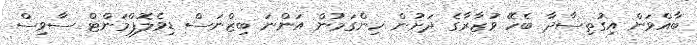
ބާއްވަން އިގުތިސާދާ ބެހޭ ވުޒާރާގެ ދަށުން ހިންގަމުން އަންނަ ބިޒްނަސް ޑިވެލޮޕްމަންޓް ސާވިސް